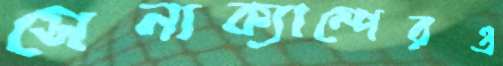
সেনাক্যাম্পেরও